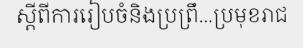
ស្តីពីការរៀបចំនិងប្រព្រឹ...ប្រមុខរាជ